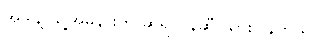
အဲဒါနဲ့ သူ့အိမ်နားက ဆရာဝန်ဆီ သွားပြန်တယ်။